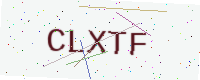
Text: CLXTF